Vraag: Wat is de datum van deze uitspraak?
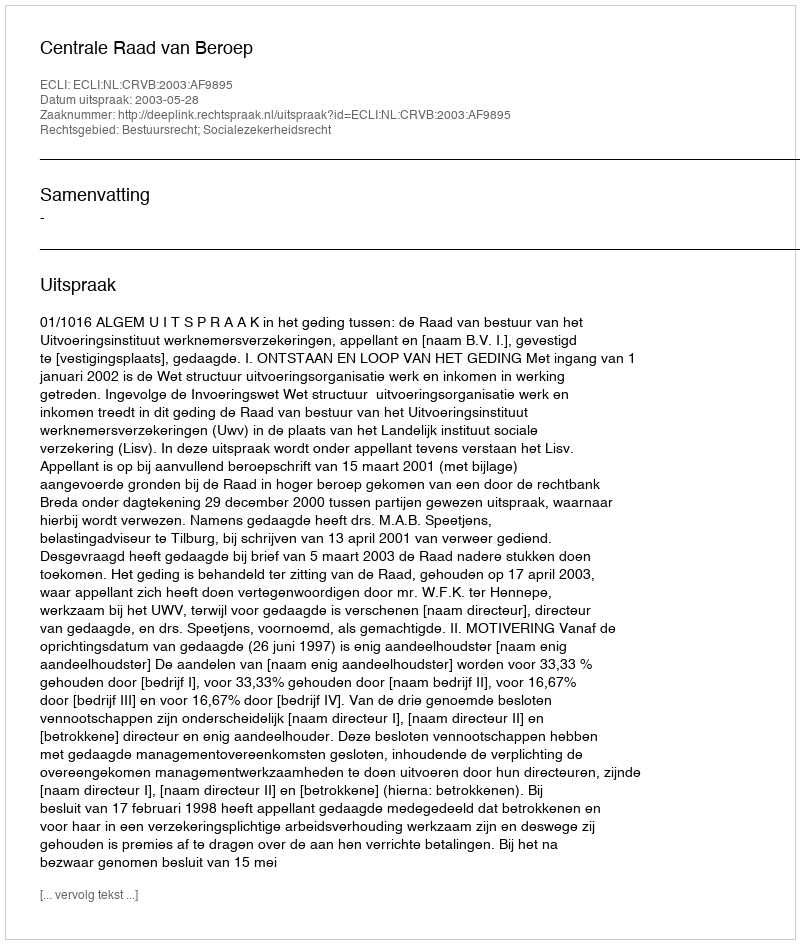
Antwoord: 2003-05-28